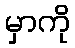
မှာကို